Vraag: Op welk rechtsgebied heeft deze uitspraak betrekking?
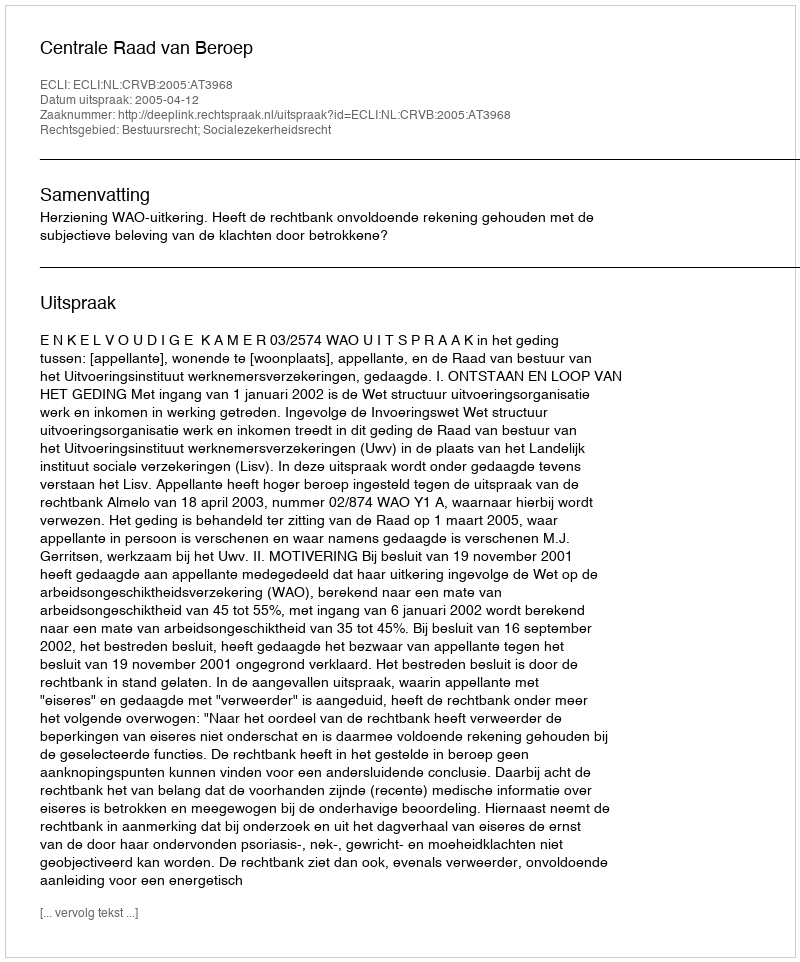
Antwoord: Bestuursrecht; Socialezekerheidsrecht